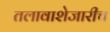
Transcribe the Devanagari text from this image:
तलावाशेजारीच